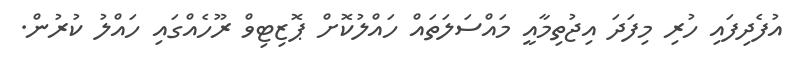
އުފެދިފައި ހުރި މިފަދަ އިޖުތިމާއީ މައްސަލަތައް ހައްލުކޮށް ޕޮޒިޓިވް ރޫހެއްގައި ހައްލު ކުރުން.